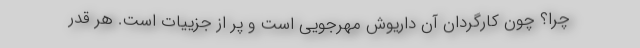
چرا؟ چون کارگردان آن داریوش مهرجویی است و پر از جزییات است. هر قدر